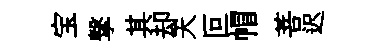
宝撃其却天叵帽菩迟